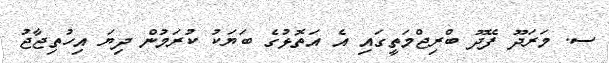
ސ. މަރަދޫ ފޭދޫ ބްރިޖްމަތީގައި އެ އަތޮޅުގެ ބަޔަކު ކުރަމުން ދިޔަ އިހުތިޖާޖު